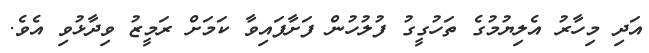
އަދި މިހާރު އެލިޔުމުގެ ތަހުގީގު ފުލުހުން ފަށާފައިވާ ކަމަށް ރަމީޒު ވިދާޅުވި އެވެ.